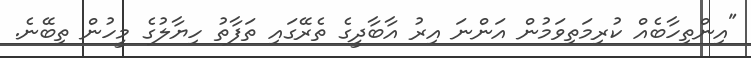
"އިންތިހާބެއް ކުރިމަތިވަމުން އަންނަ އިރު އާބާދީގެ ތެރޭގައި ތަފާތު ހިޔާލުގެ މީހުން ތިބޭނެ.